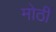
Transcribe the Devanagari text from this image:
मोठीं